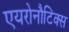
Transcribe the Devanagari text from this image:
एयरोनौटिक्स